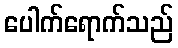
ပေါက်ရောက်သည်